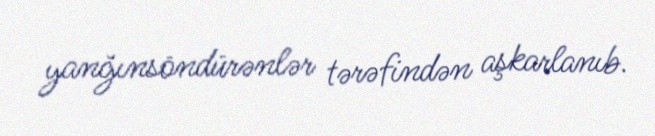
yanğınsöndürənlər tərəfindən aşkarlanıb.